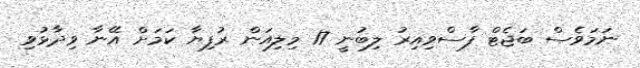
ނަމަވެސް ބަޖެޓް ފާސްވިއިރު ލިބުނީ 17 މިލިއަން ރުފިޔާ ކަމަށް އޭނާ ވިދާޅުވި